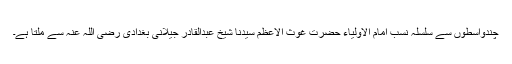
چندواسطوں سے سلسلہ نسب امام الاولیاء حضرت غوث الاعظم سیدنا شیخ عبدالقادر جیلانی بغدادی رضی اللہ عنہ سے ملتا ہے۔